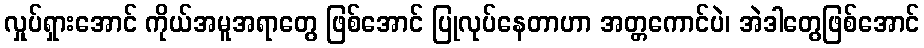
လှုပ်ရှားအောင် ကိုယ်အမူအရာတွေ ဖြစ်အောင် ပြုလုပ်နေတာဟာ အတ္တကောင်ပဲ၊ အဲဒါတွေဖြစ်အောင်